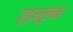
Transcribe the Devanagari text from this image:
दृढ़मूलक